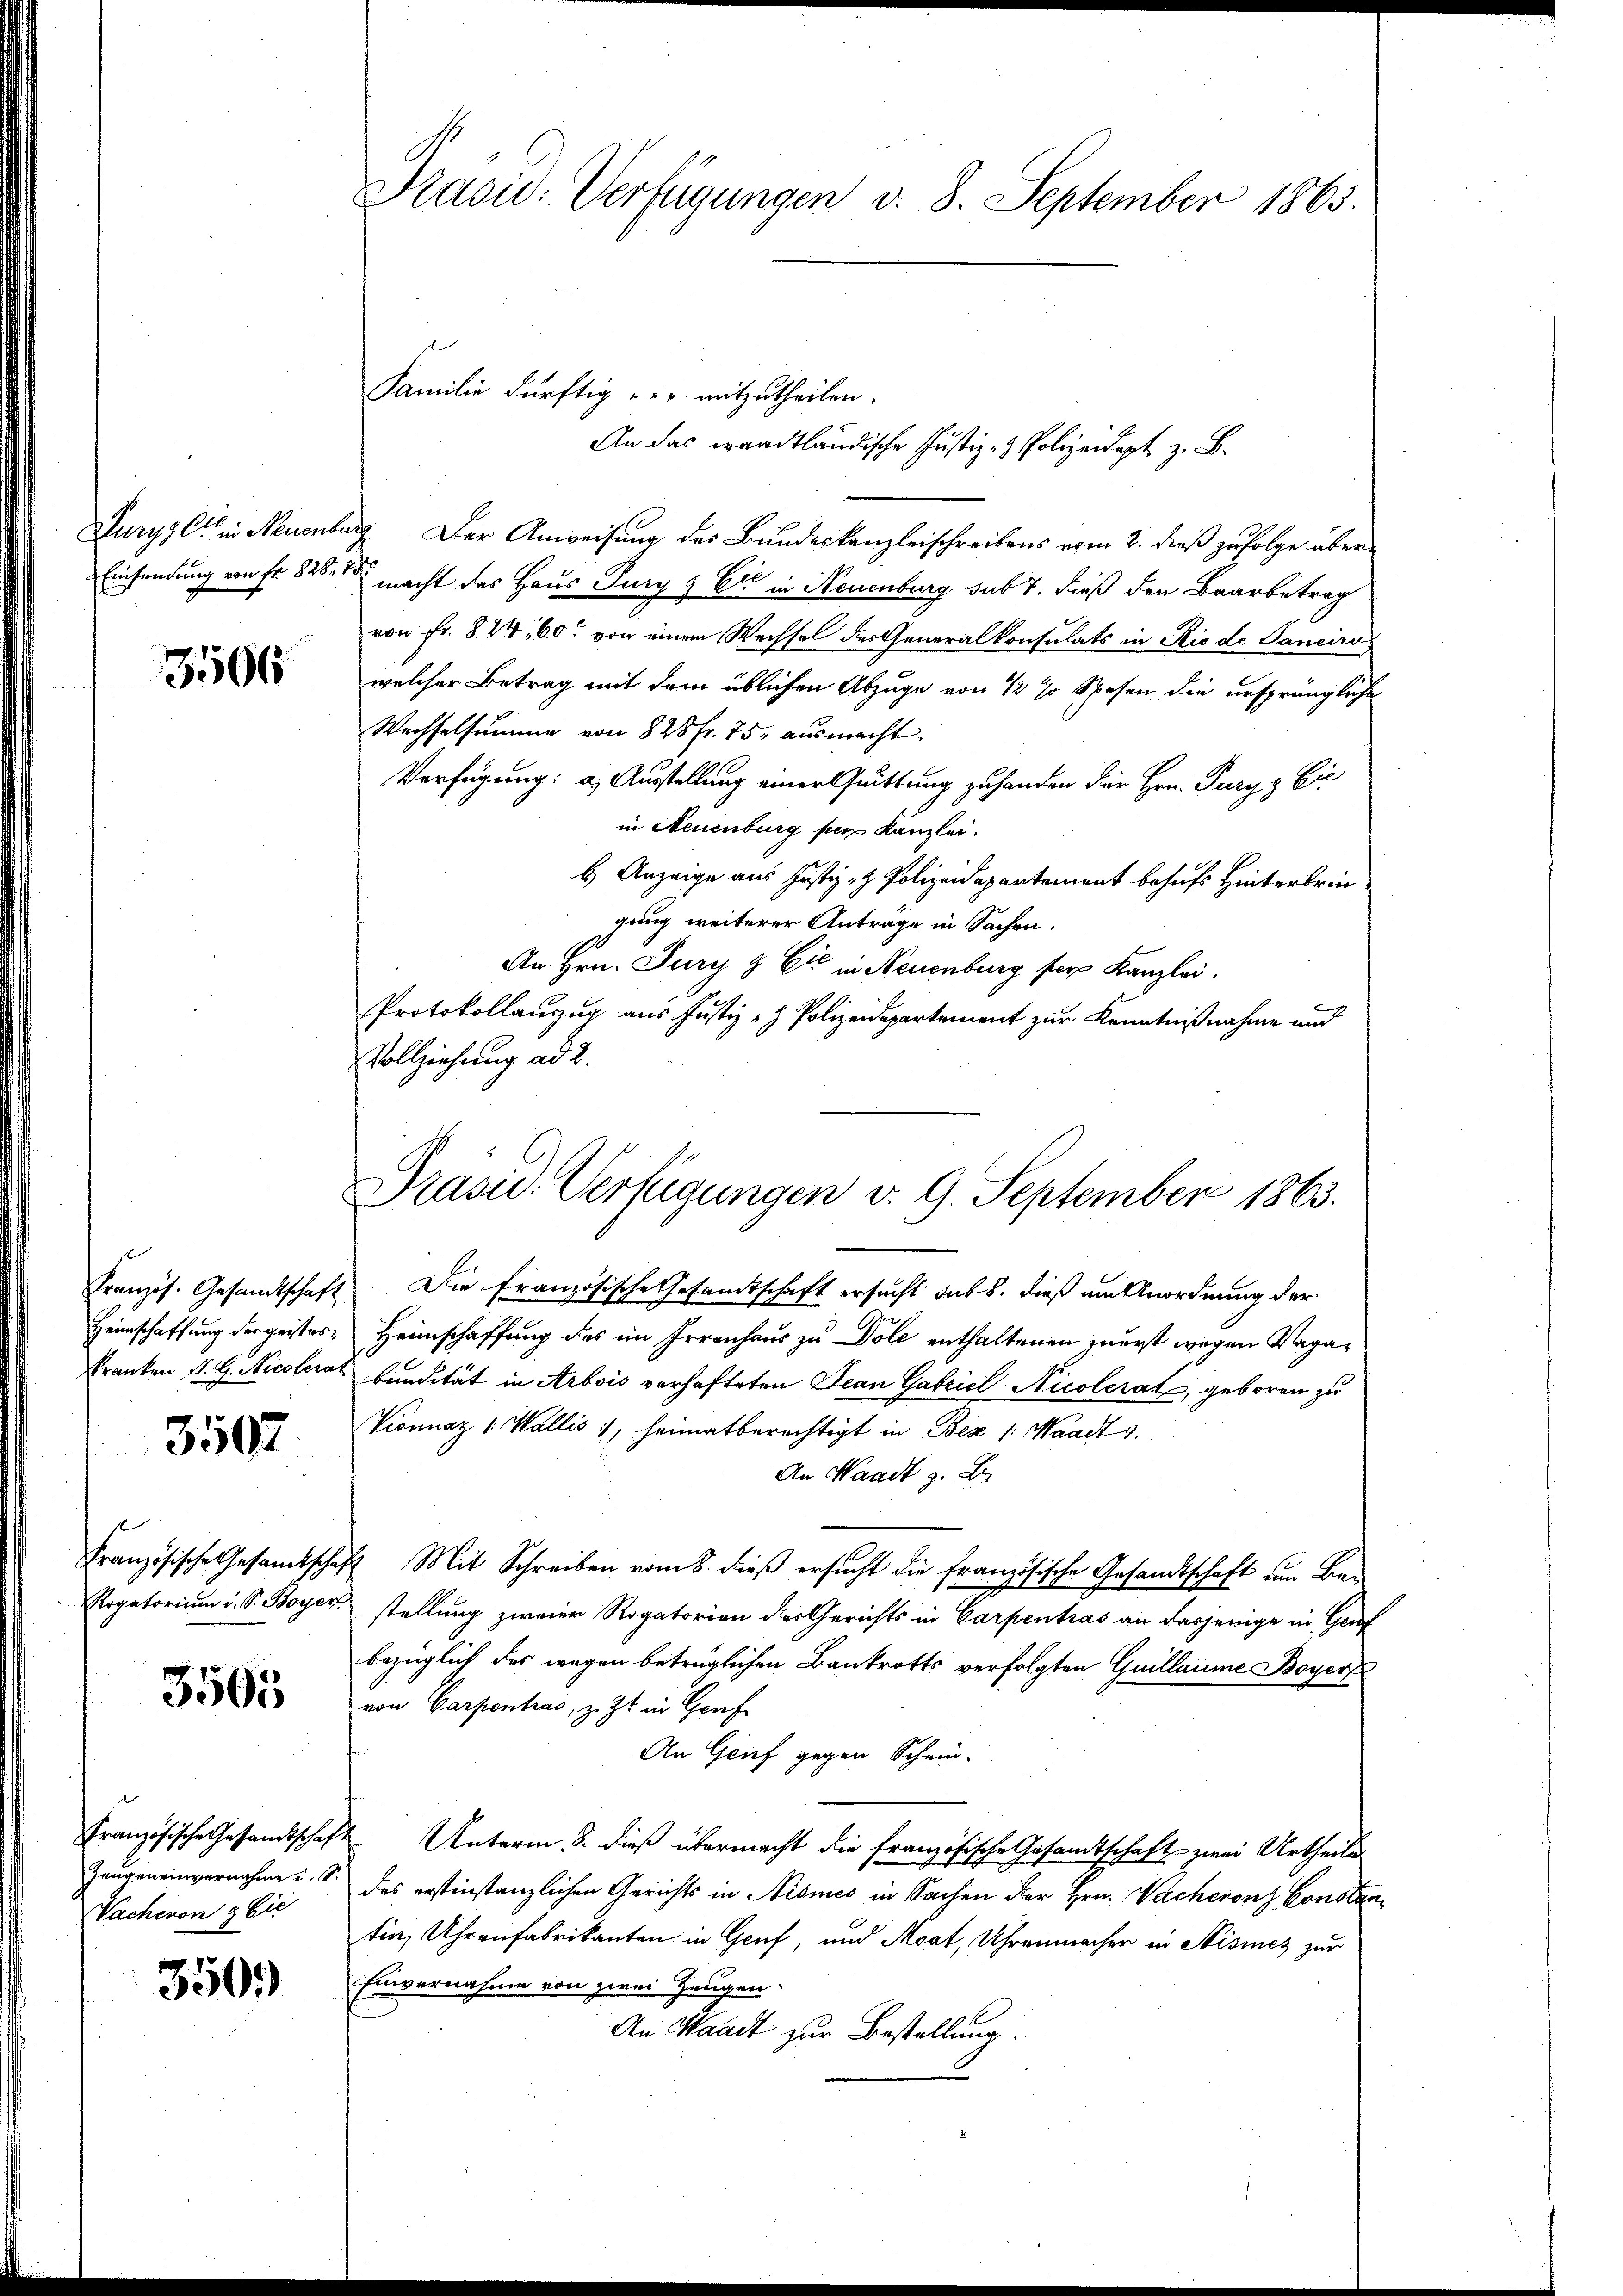
3506

3502

Französische Gesamtsche,

3505

Französische Gesandtschaf
Zeugen einvernahme u. S.
Wacheren & Eic

350.

Präsid. Verfügungen d. 8. September 1863.

Jurys Cts in Neuenburg Der Anweisung des Bundeskanzleischreibens vom 2. dieß zufolge über¬
Einsendung von Fr. 828. de macht das Haus Jury & Cie in Neuenburg sub 7. dieß den Baarbetrag
von Fr. 824, 60 von einem Wechsel der Generalkonsulats in Rio de Sanciro
welcher Betrag mit dem üblichen Abzuge von 12 % Spesen die ursprüngliche
Wechselsumme von 828 Fr. 75. ausmacht.
Verfügung: a.) Ausstellung einer Quittung zu handen der Hrn. Purgs Ei
in Neuenburg per Kanzlei.
H. Anzeige aus Justiz- & Polizeidepartement behufs Hinterbringung weiterer Anträge in Sachen.
An Hrn. Jury & Cie in Neuenburg ser Kanzlei.
Protokollauszug aus Justiz- & Polizeidepartement zur Kenntnißnahme und
Vollziehung ad 2.

Familie dürftig u. mitzutheilen.

An das waadtländische Justiz- & Polizeidigt z. B.

Präsid. Verfügungen v. 9. September 1863.

Kranzös. Gesandtschaft. Die französische Gesandtschaft ersucht sub 8. dieß um Anordnung der
Heimschaffung dergeistes Heimschaffung des im Irrenhaus zu Dole enthaltenen zuerst wegen Vaga¬
Kranken S. G. Nicolerat bundität in Arbois verhafteten Jean Gabricl-Nicolerat, geboren zu
Vionnaz ( Wallis 1, heimatberechtigt in Bez /: Waadt 1.
An Waadt z. B.
7 Mit Schreiben vom 8. dieß ersucht die Französische Gesandtschaft um Bei
Rogatorium d. S. Boyer stellung zweier Rogatorien des Gerichts in Carpentras an dasjenige in Genf
bezüglich des wegen betrüglichen Bankrotts verfolgten Guillaume Boyers
von Carpentrag, z. Zt. in Genf
An Grief gegen Schein-
d Unterm 3. dieß übermacht die französische Gesandtschaft zwei Urtheiles
des erstinstanzlichen Gerichts in Nismes in Sachen der Hrn. Wacherons Constantin, Uhrenfabrikanten in Gruf, und Moat, Uhrenmacher in Nismez zur
Einvernahme von zwei Zeugen.
An Waadt zur Bestellung.